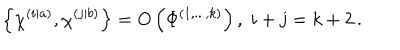
\left\{ \chi ^ { \left( i | a \right) } , \chi ^ { \left( j | b \right) } \right\} = O \left( \Phi ^ { \left( 1 , . . . , k \right) } \right) , \; i + j = k + 2 \, .